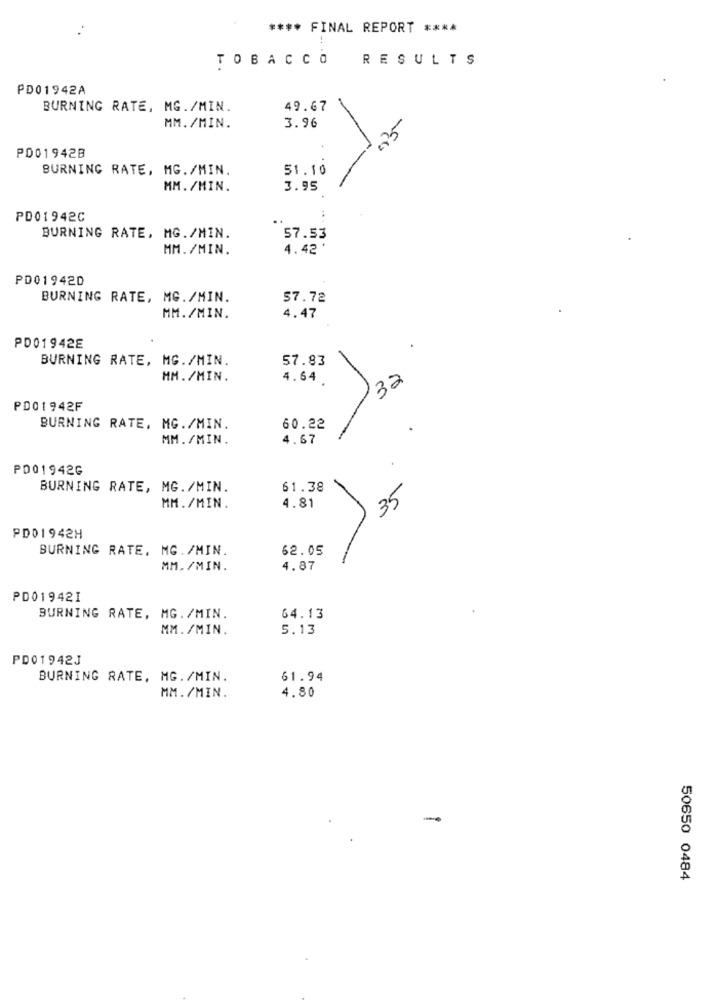
**** FINAL REPORT ****
TOBACCO
RESULTS
PD01942A
BURNING RATE, MG./MIN.
49.67
3.96
MM. /MIN.
PD01942B
BURNING RATE, MG./MIN.
51.10
MM. /MIN.
3.95
PD01942C
..
BURNING RATE, MG./MIN.
57.53
MM. /MIN.
4.42 '
PD01942D
BURNING RATE, MG./MIN.
57.72
MM./MIN.
4.47
PD01942E
BURNING RATE, MG./MIN.
57.83
HM./MIN.
4.64.
32
PD01942F
BURNING RATE, MG./MIN.
60.22
MM./MIN.
4.67
PD01942G
BURNING RATE, MG. /MIN.
61.38
35
MM./MIN.
4.81
PD01942H
BURNING RATE, MG. /MIN.
62.05
MM. /MIN.
4.87
PD01942I
BURNING RATE, MG. /MIN.
64.13
MM. /MIN.
5.13
PD01942J
BURNING RATE, MG. /MIN.
61.94
MM./MIN.
4.80
-
50650 0484